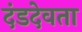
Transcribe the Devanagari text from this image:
दंडदेवता